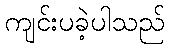
ကျင်းပခဲ့ပါသည်